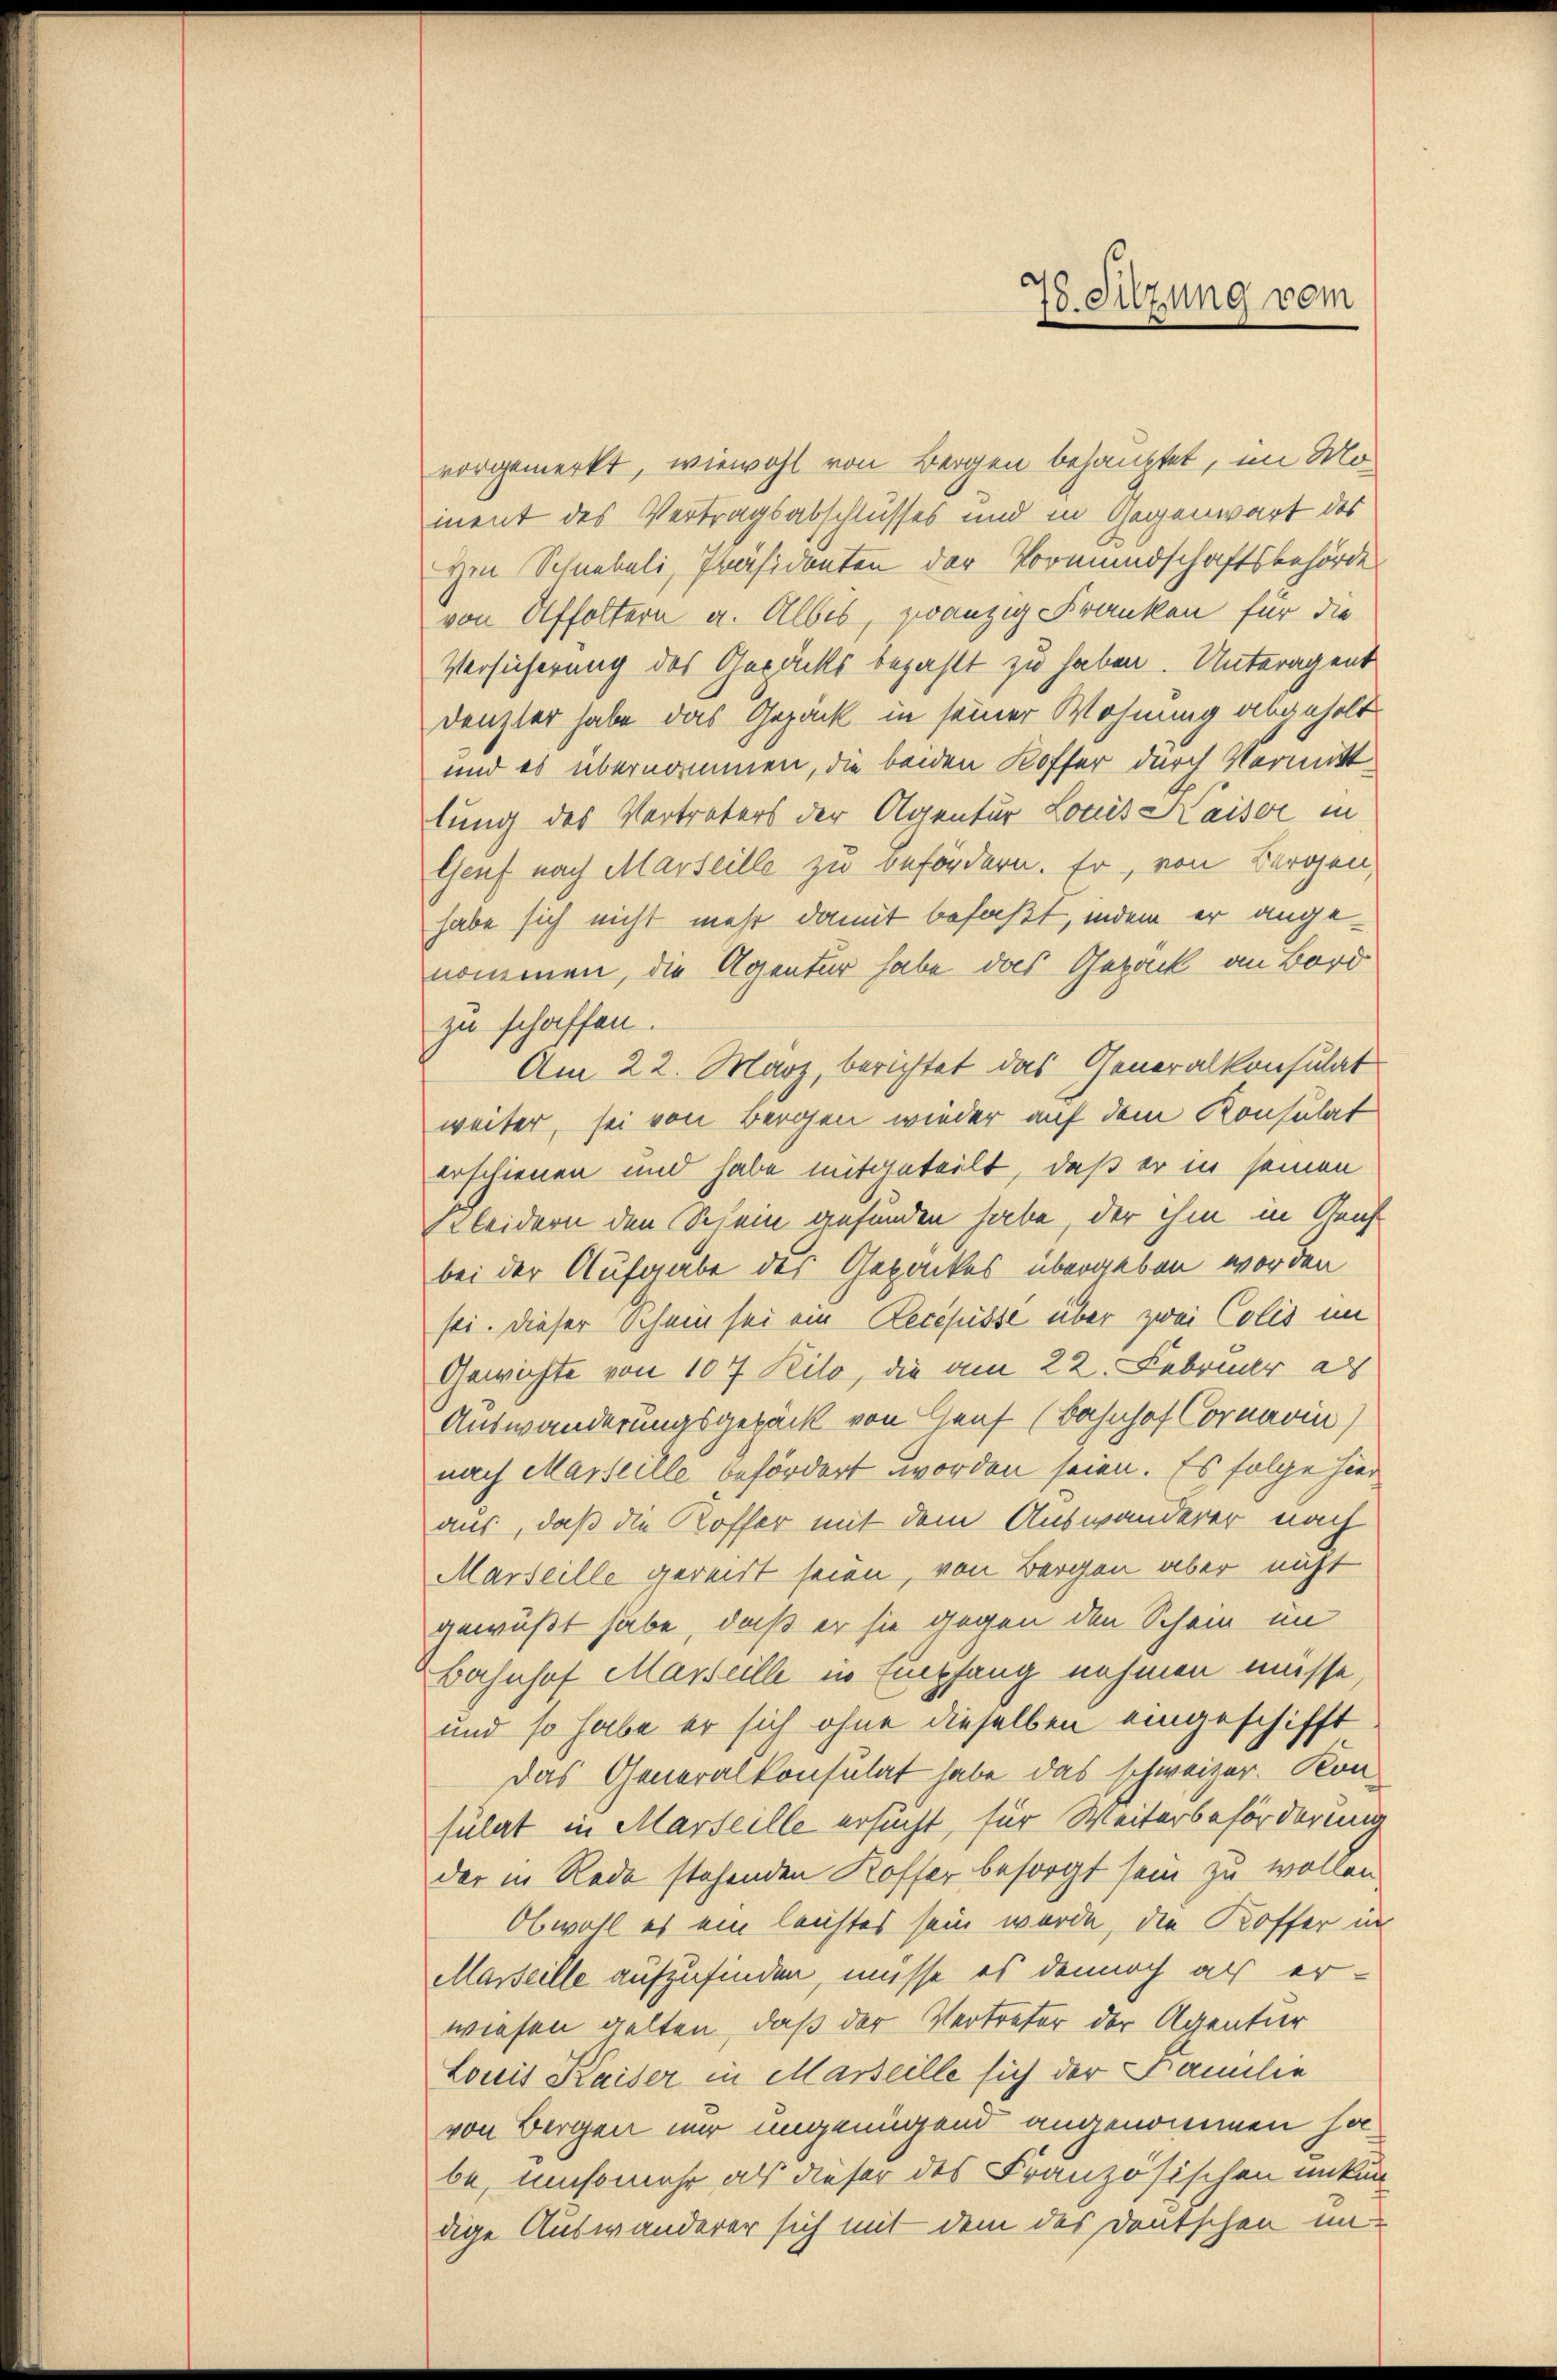
vorgemerkt, wiewohl von Bergen behauptet, im Moment des Vertragsabschlusses und in Gegenwart des
Hm Schnebeli, Präsidenten der Vormundschaftsbehörde
von Affoltern a. Albes, zwanzig Franken für die
Versicherung des Gepäcks bezahlt zu haben. Unteragent
Denzler habe das Gepäck in seiner Wohnung abgeholt
und es übernommen, die beiden Koffer durch Vermitt
lung des Vertreters der Agentur Louis Kaiser in
Genf nach Marseille zu befördern. Er, von Bergen,
habe sich nicht mehr damit befaßt, indem er angenommen, die Agentur habe das Geback an Bord
zu schaffen.
Am 22. März, berichtet das Generalkonsulat
weiter, sei von Bergen wieder auf dem Konsulat
erschienen und habe mitgeteilt, daß er in seinen
Kleidern den Schein gefunden habe, der ihm in Gruf
bei der Aufgabe des Gebackes übergeben worden
sei. Dieser Schein sei ein Recepisse über zwei Colis im
Gewichte von 107 Kilo, die am 22. Februar al
Auswanderungsgepäck von Genf (Bahnhof Cornavin)
nach Marseille befördert worden seien. Es folge hier
aus, daß die Koffer mit dem Auswanderer nach
Marseille gereist seien, von Bergen aber nicht
gewußt habe, daß er sie gegen den Schein im
Bahnhof Marseille in Empfang nehmen müsse
und so habe er sich ohne dieselben eingeschifft
Das Generalkonsulat habe das schweizer. Kon-
sulat in Marseille ersucht, für Weiterbeförderung
der in Rede stehenden Koffer besorgt sein zu wollen.
Obwohl es ein leichtes sein wurde, die Koffer in
Marseille aufzufinden, müsse es dennoch als er-
wiesen gelten, daß der Vertreter der Agentur
Louis Kaiser in Marseille sich der Familie
von Bergen nur ungenügend angenommen habe, umsomehr als dieser des Französischen unkun
dige Auswanderer sich mit dem des Deutschen un¬

78. Sitzung vom